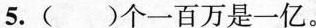
5.( )个一百万是一亿 。